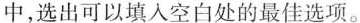
中,选出可以填入空白处的最佳选项.